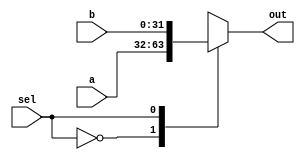
`timescale 1ns / 1ps
//////////////////////////////////////////////////////////////////////////////////
// Company: 
// Engineer: 
// 
// Design Name: 
// Module Name: Mux2x1
// Project Name: 
// Target Devices: 
// Tool Versions: 
// Description: 
// 
// Dependencies: 
// 
// Revision:
// Revision 0.01 - File Created
// Additional Comments:
// 
//////////////////////////////////////////////////////////////////////////////////


module Mux2x1 #(parameter N = 32) (input [N-1:0] a, input [N-1:0] b,
input sel, output reg [N-1:0] out);

always@(*) begin
  case(sel)
  1'b0: out = a;
  1'b1: out = b;
  endcase
end
endmodule